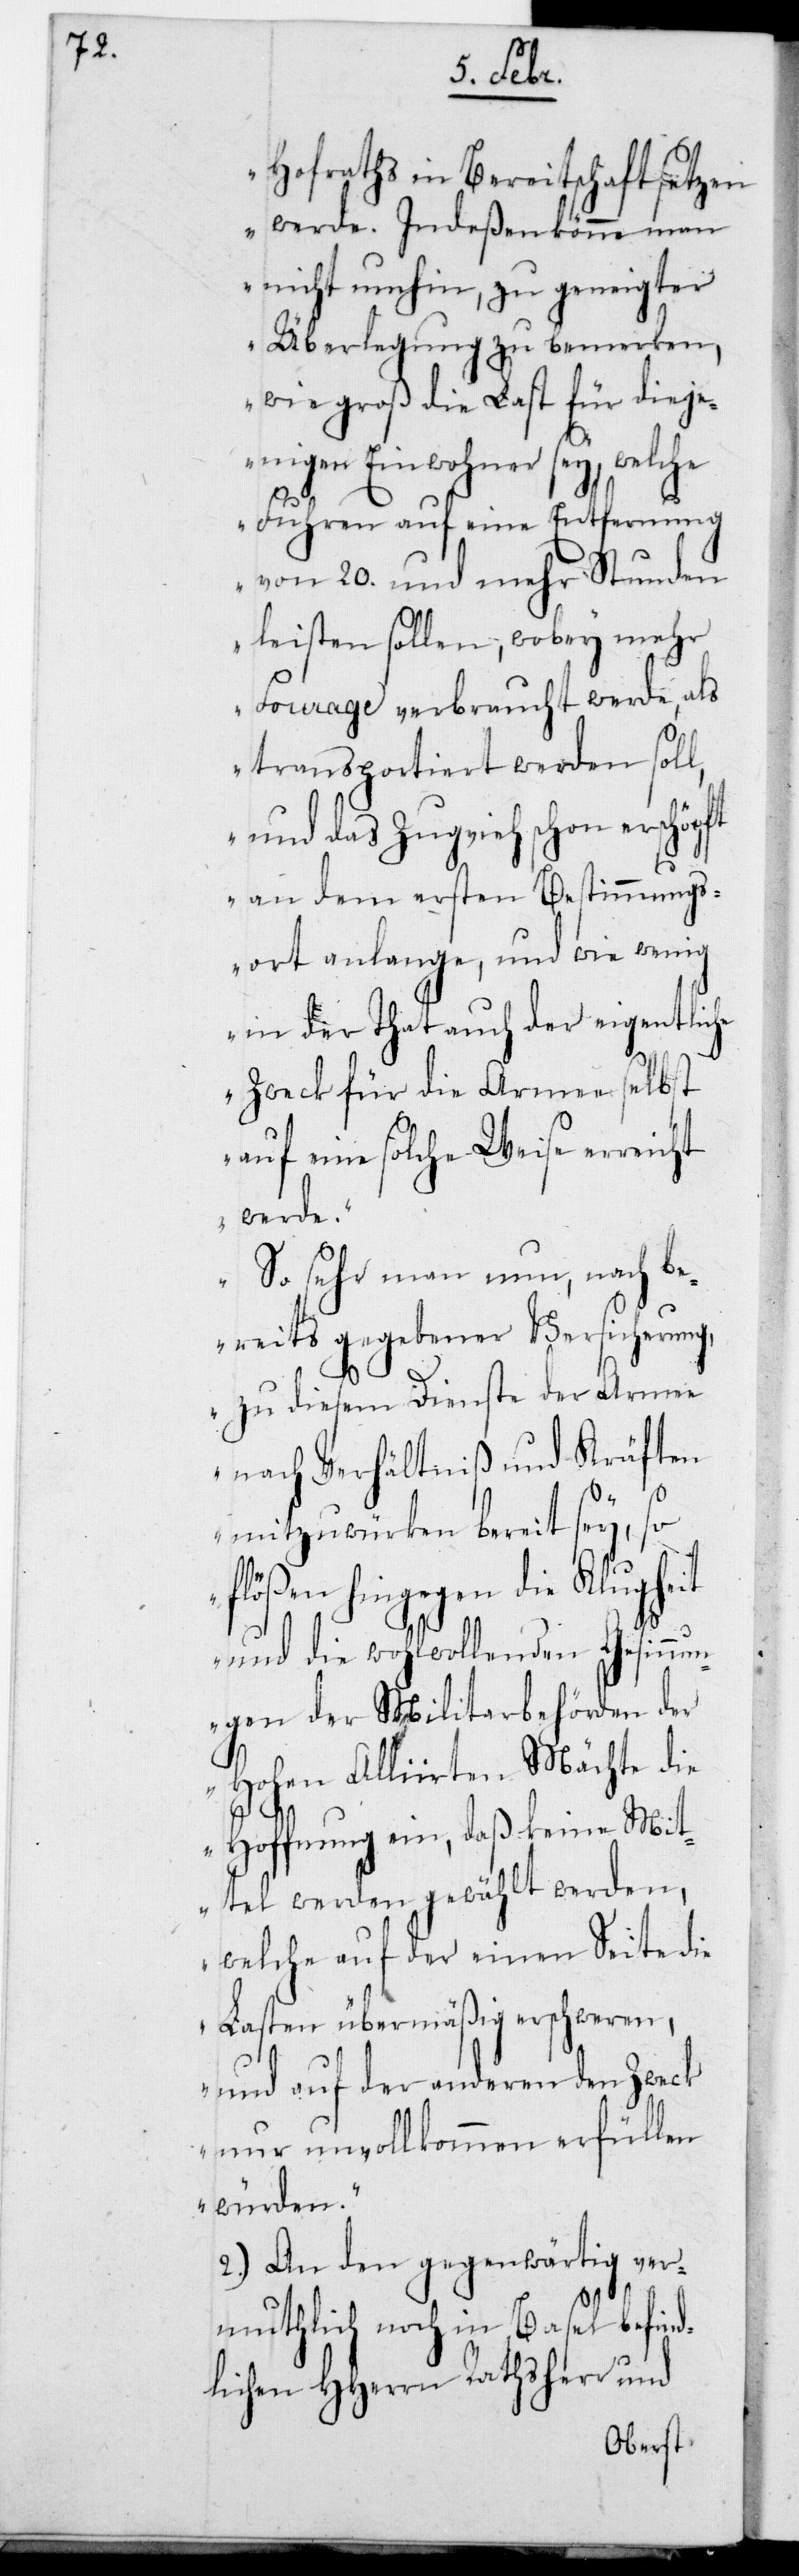
Hofraths in Bereitschaft setzen
werde. Indeßen könne man
nicht umhin, zu geneigter
Überlegung zu bemerken,
wie groß die Last für dieje¬
nigen Einwohner sey, welche
Fuhren auf eine Entfernung
von 20. und mehr Stunden
leisten sollen, wobey mehr
Fourage verbraucht werde, als
transportiert werden soll,
und das Zugvieh schon erschöpft
an dem ersten Bestimmungs¬
ort anlange, und wie wenig
in der Tat auch der eigentliche
Zweck für die Armee selbst
auf eine solche Weise erreicht
werde.
So sehr man nun, nach be¬
reits gegebener Versicherung,
zu diesem Dienste der Armee
nach Verhältniß und Kräften
mitzuwürken bereit sey, so
flößen hingegen die Klugheit
und die wohlwollenden Gesinnu¬
ngen der Militairbehörden der
Hohen Alliierten Mächte die
Hoffnung ein, daß keine Mit¬
tel werden gewählt werden,
welche auf der einen Seite die
Lasten übermäßig erschweren,
und auf der anderen den Zweck
nur unvollkommen erfüllen
würden“.
2.) An den gegenwärtig ver¬
mutlich noch in Basel befind¬
lichen HHerrn Rathsherr und